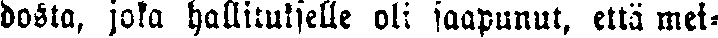
dosta, joka hallitukselle oli saapunut, että mei-